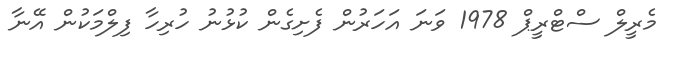
މެރީލް ސްޓްރީޕް 1978 ވަނަ އަހަރުން ފެށިގެން ކުޅުނު ހުރިހާ ފިލްމަކުން އޭނާ